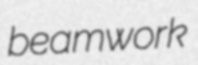
beamwork